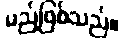
မည်ဖြစ်သည်။